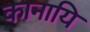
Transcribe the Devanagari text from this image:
कानायि